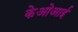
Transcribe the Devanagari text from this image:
केओआई